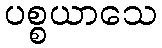
ပစ္စယာသေ